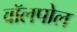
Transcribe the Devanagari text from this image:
वॉलपोल